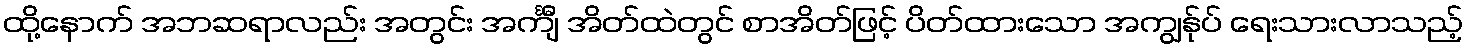
ထို့နောက် အဘဆရာလည်း အတွင်း အင်္ကျီ အိတ်ထဲတွင် စာအိတ်ဖြင့် ပိတ်ထားသော အကျွန်ုပ် ရေးသားလာသည့်